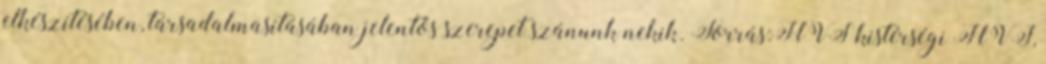
elkészítésében, társadalmasításában jelentős szerepet szánunk nekik. Forrás:HVS kistérségi HVI,